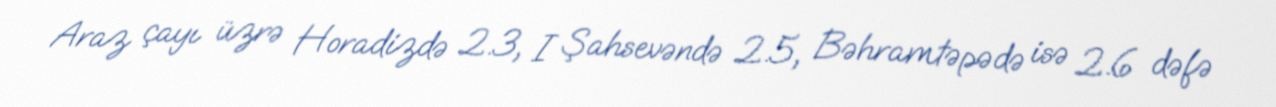
Araz çayı üzrə Horadizdə 2.3, I Şahsevəndə 2.5, Bəhramtəpədə isə 2.6 dəfə